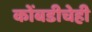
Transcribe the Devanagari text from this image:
कोंबडीचेही